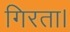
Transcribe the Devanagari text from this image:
गिरता।